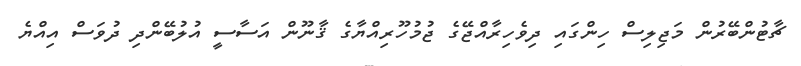
ޗާޓުންބޭރުން މަޖިލިސް ހިންގައި ދިވެހިރާއްޖޭގެ ޖުމުހޫރިއްޔާގެ ޤާނޫން އަސާސީ އުލުބޭންދި ދުވަސް އިއްޔެ